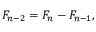
F _ { n - 2 } = F _ { n } - F _ { n - 1 } ,